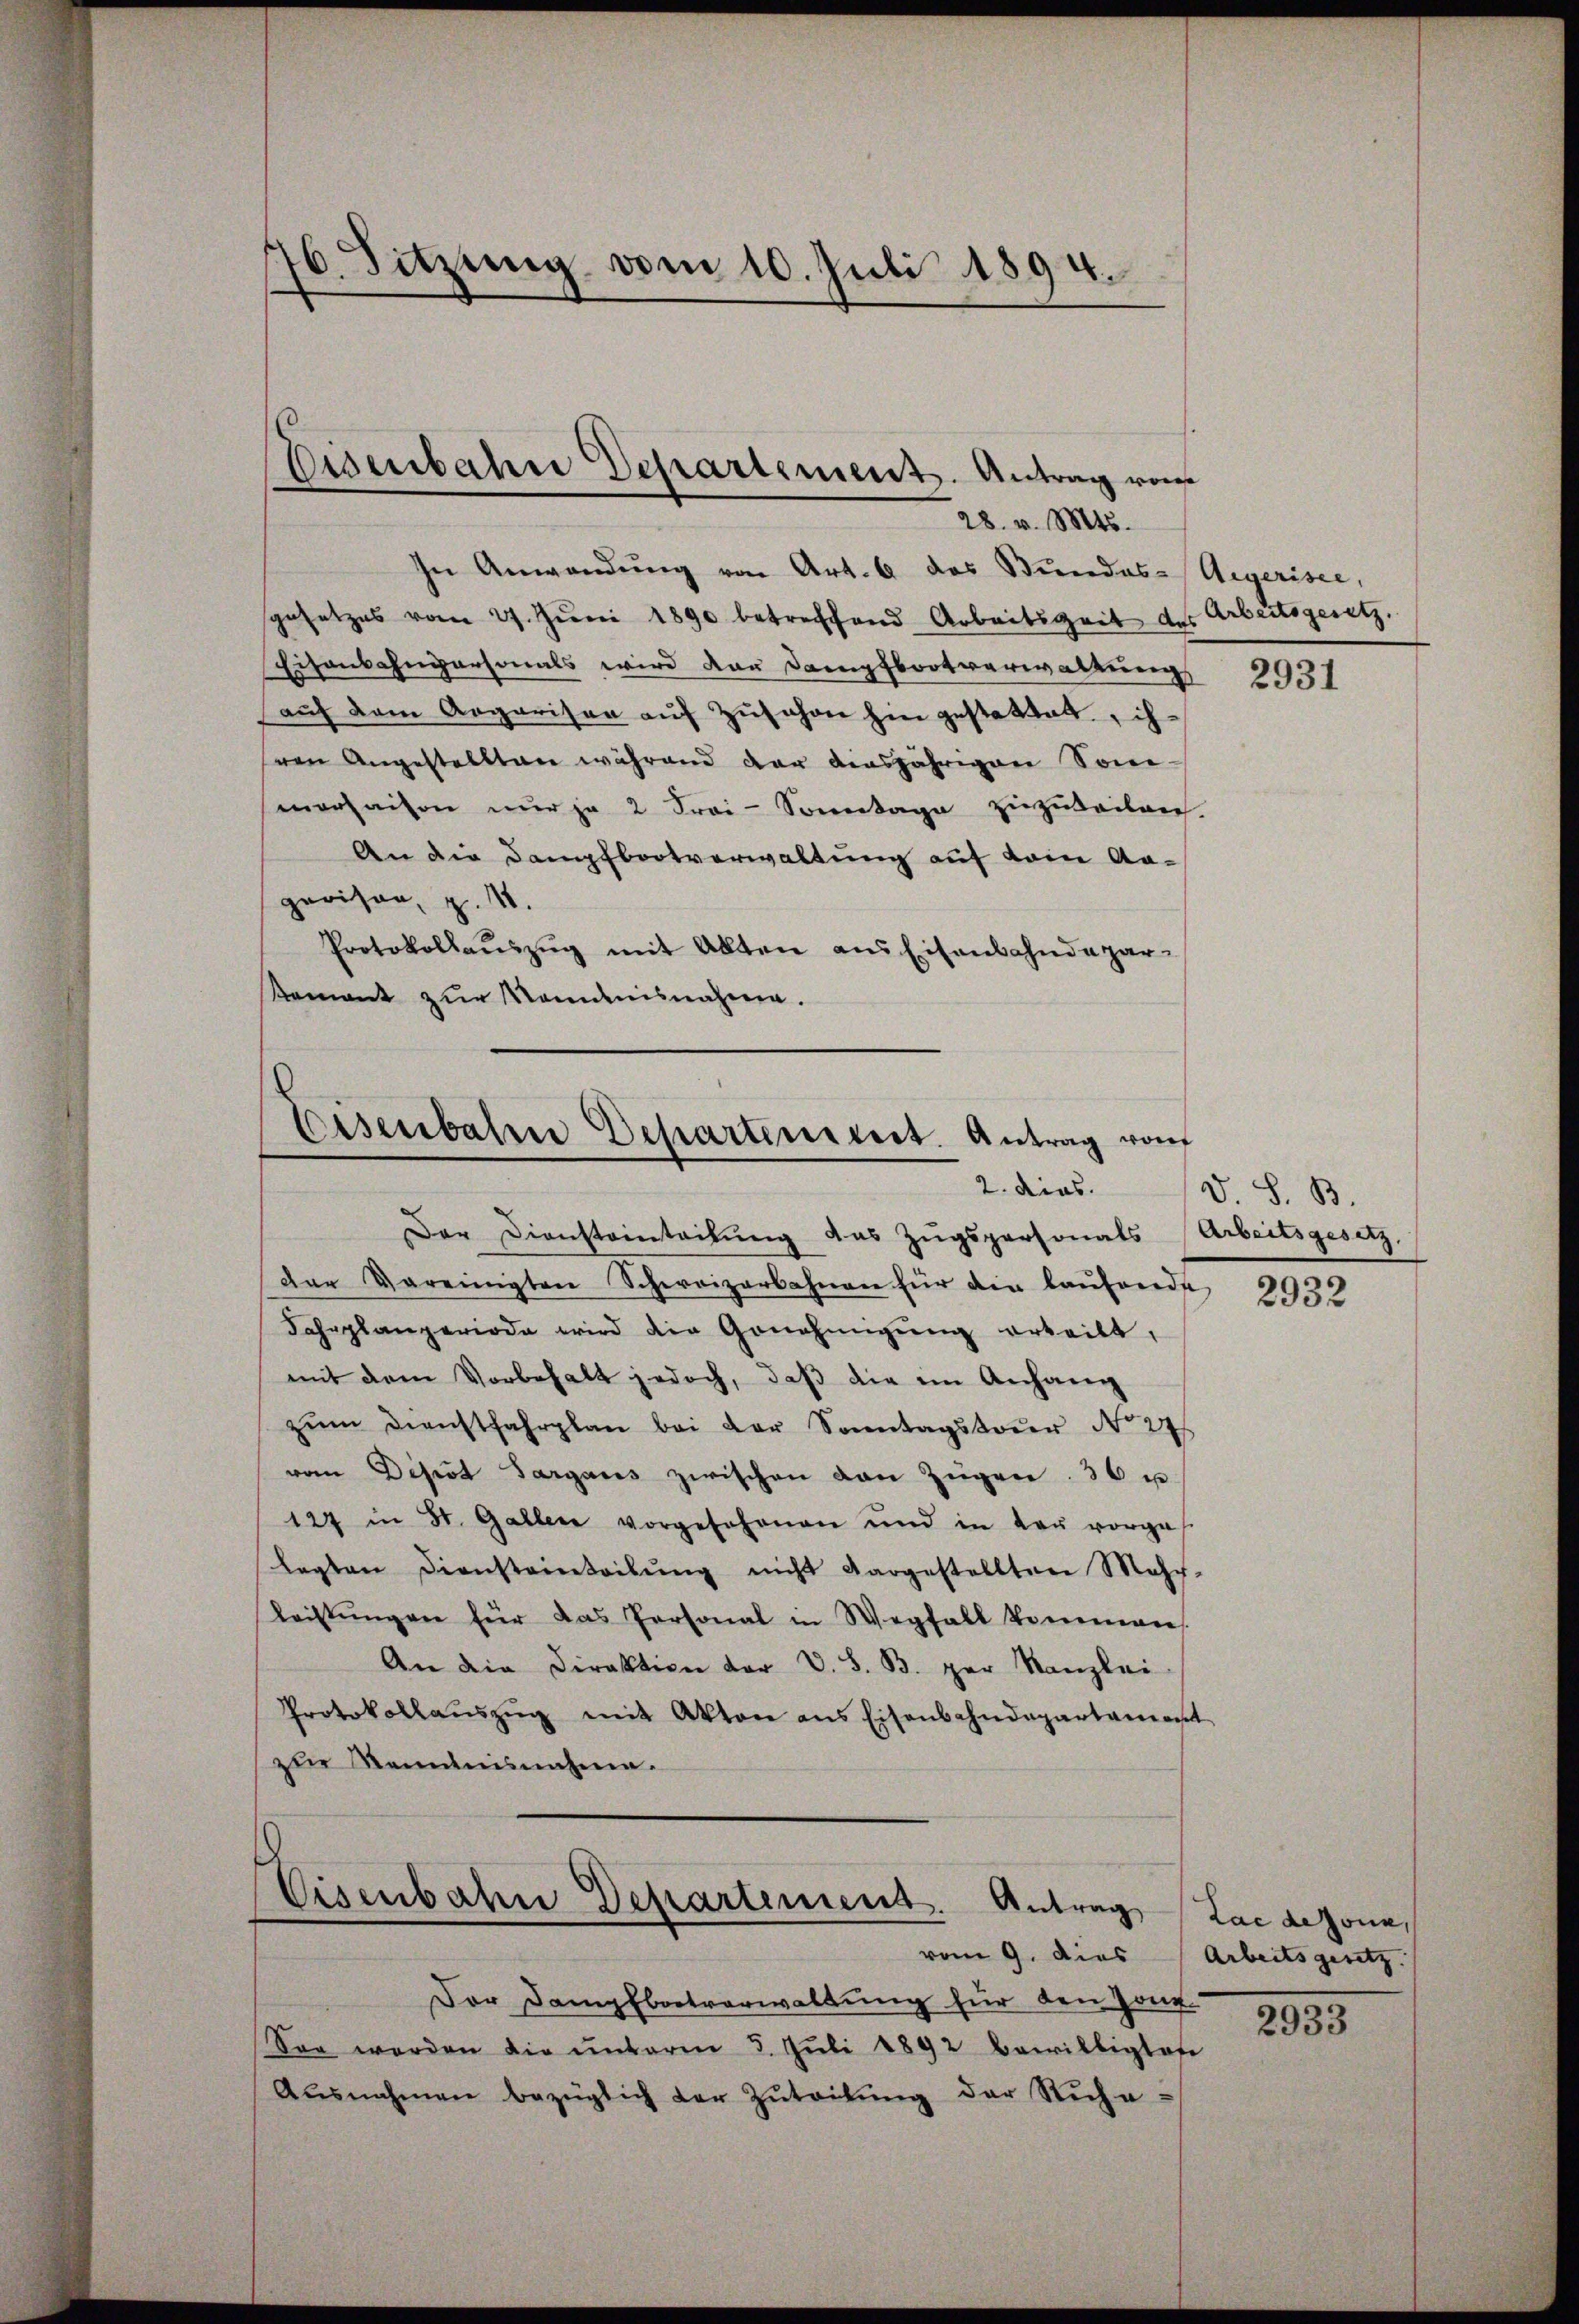
76. Sitzung vom 10. Juli 1894.

Eisenbahne Departement. Antrag von
28. v. Mts.

Eisenbahre Departeniret. Antrag von
2. dies

Eisenbahn Departement. Antrag

In Anwendŭng von Art. 6 das Bundes-Aegerisce,
sgesetzes vom 27. Jŭni 1890 betreffend Arbeitszeit aus
Eisenbahngersonals wird der Dampfbootverwaltung
auf dem Argarisen aŭf Zŭschon hin gestattet, ih
sren Angestellten während der diesjährigen Sonn-
maraison nur je 2 Frai-Sonntage Einzuteilen
An die Dampfbootverwaltung auf kein An-
pavison, z. 11.
Protokollaŭszŭg mit Alten ans Eisenbahndepar-
Ramant zur Mondnisnahme.

Der Diensteinteilung das Zugspersonals Arbeitsgesetz,
dar vereinigten Schweizerbahnen für die laŭfende
Fahrplanperiode wird die Genehmigŭng erteilt,
mit dem Vorbehalt jedoch, daß die ein Anhang
zŭm Dienstfahrplan bei der Sonntagstoŭr No 27s
vom Depot Sargaus zwischen von Zügen. 36 u.
127 in St. Gallen vorgesehenen und in der vorges
lagten Diensteinteilŭng nicht dargestellten Mehr-
leistŭngen für das Personal in Wegfall kommen.
An die Direktion der V. S. B. per Kanzlei
Protokollaŭszŭg mit Akten ans Eisenbahndepartament
zur Renntnisnahme.

vom 9. dies Arbeitsgesetz.
Der Dampfbootverwaltung für den Zanf
Sen werden die ŭnterm 5. Jŭli 1892 bewilligten
Ausnahmen bezüglich der Zuteilŭng der Siche

Arbeitsgesetz

2931

D. S. B.

2932

Lac dezone,

2933